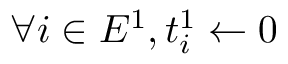
\forall i \in E ^ { 1 } , t _ { i } ^ { 1 } \gets 0